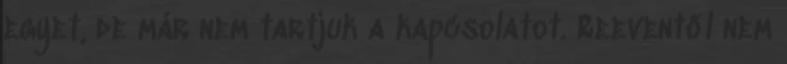
egyet, de már nem tartjuk a kapcsolatot. Reeventől nem